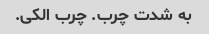
به شدت چرب. چرب الکی.